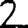
Digit: 2